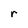
Character: r